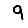
Digit: 9